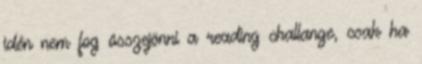
idén nem fog összejönni a reading challange, csak ha